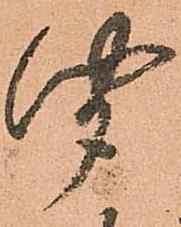
聞